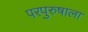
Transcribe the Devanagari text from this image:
परपुरुषाला